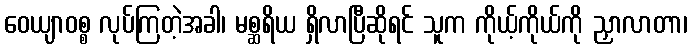
ဝေယျာဝစ္စ လုပ်ကြတဲ့အခါ၊ မစ္ဆရိယ ရှိလာပြီဆိုရင် သူက ကိုယ့်ကိုယ်ကို ညှာလာတာ၊